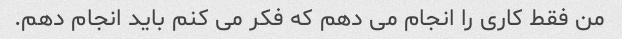
من فقط کاری را انجام می دهم که فکر می کنم باید انجام دهم.